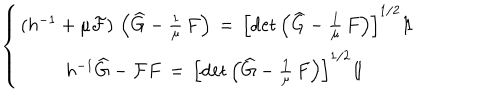
\left\{ \begin{array} { c c } { { ( h ^ { - 1 } + \mu \mathcal { F } ) \, \left( \widehat { G } - \frac { 1 } { \mu } \, F \right) \, = \, \left[ \mathrm { d e t } \left( \widehat { G } - \frac { 1 } { \mu } \, F \right) \right] ^ { 1 / 2 } 1 \! \! 1 } } \\ { { h ^ { - 1 } \widehat { G } - \mathcal { F } F \, = \, \left[ \mathrm { d e t } \left( \widehat { G } - \frac { 1 } { \mu } \, F \right) \right] ^ { 1 / 2 } 1 \! \! 1 \ } } \\ \end{array} \right.